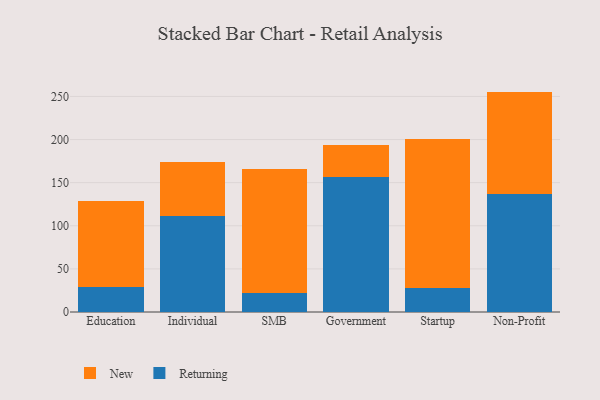
{"axis": {"x": "Segment", "y": "Operating Costs (USD K)"}, "legend": ["New", "Returning"], "data": [{"x": "Education", "y": 29.3, "type": "Returning"}, {"x": "Education", "y": 99.9, "type": "New"}, {"x": "Individual", "y": 111.2, "type": "Returning"}, {"x": "Individual", "y": 62.4, "type": "New"}, {"x": "SMB", "y": 22.0, "type": "Returning"}, {"x": "SMB", "y": 144.4, "type": "New"}, {"x": "Government", "y": 156.5, "type": "Returning"}, {"x": "Government", "y": 36.6, "type": "New"}, {"x": "Startup", "y": 28.3, "type": "Returning"}, {"x": "Startup", "y": 171.9, "type": "New"}, {"x": "Non-Profit", "y": 137.1, "type": "Returning"}, {"x": "Non-Profit", "y": 118.5, "type": "New"}]}